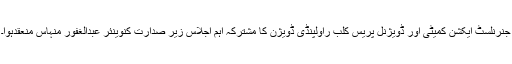
جنرنلسٹ ایکشن کمیٹی اور ڈویژنل پریس کلب راولپنڈی ڈویژن کا مشترکہ اہم اجلاس زیر صدارت کنوینئر عبدالغفور منہاس منعقدہوا۔